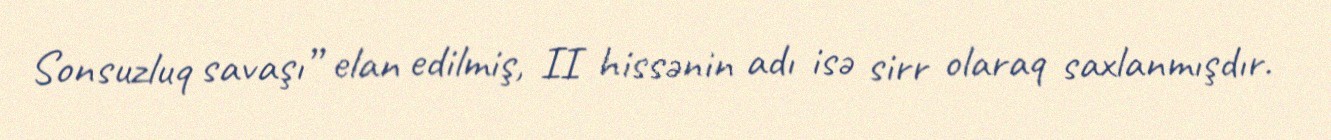
Sonsuzluq savaşı” elan edilmiş, II hissənin adı isə sirr olaraq saxlanmışdır.